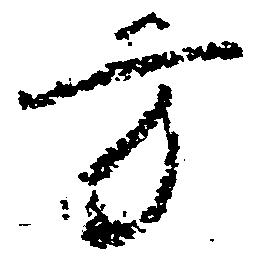
方